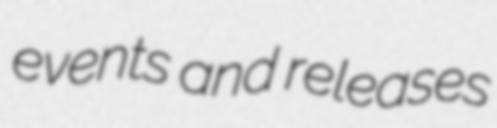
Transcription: events and releases